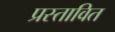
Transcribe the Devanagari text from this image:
प्रस्‍तावित